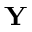
\mathbf { Y }